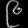
Digit: ၉